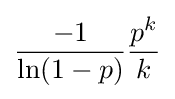
{\frac {-1}{\ln(1-p)}}{\frac {p^{k}}{k}}